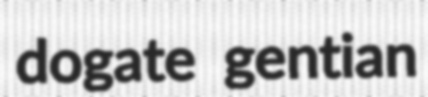
dogate gentian